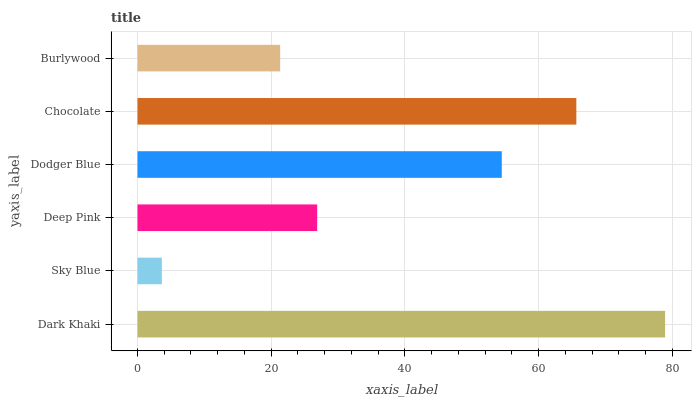
| yaxis_label | bars |
 | --- | --- |
 | Dark Khaki | 78.9 |
 | Sky Blue | 3.65 |
 | Deep Pink | 26.9 |
 | Dodger Blue | 54.5 |
 | Chocolate | 65.6 |
 | Burlywood | 21.3 |